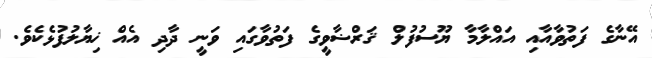
އޭނާގެ ފަތުވާއާއި އައްލާމާ ޔޫސުފުލް ޤަރްޟާވީގެ ފަތުވާގައި ވަނީ ދާދި އެއް ޚިޔާލުފުޅެކެވެ.